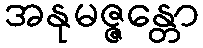
အနုမဇ္ဇန္တော